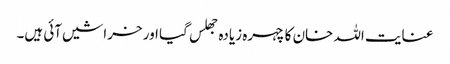
عنایت اللہ خان کا چہرہ زیادہ جھلس گیا اور خراشیں آئی ہیں۔